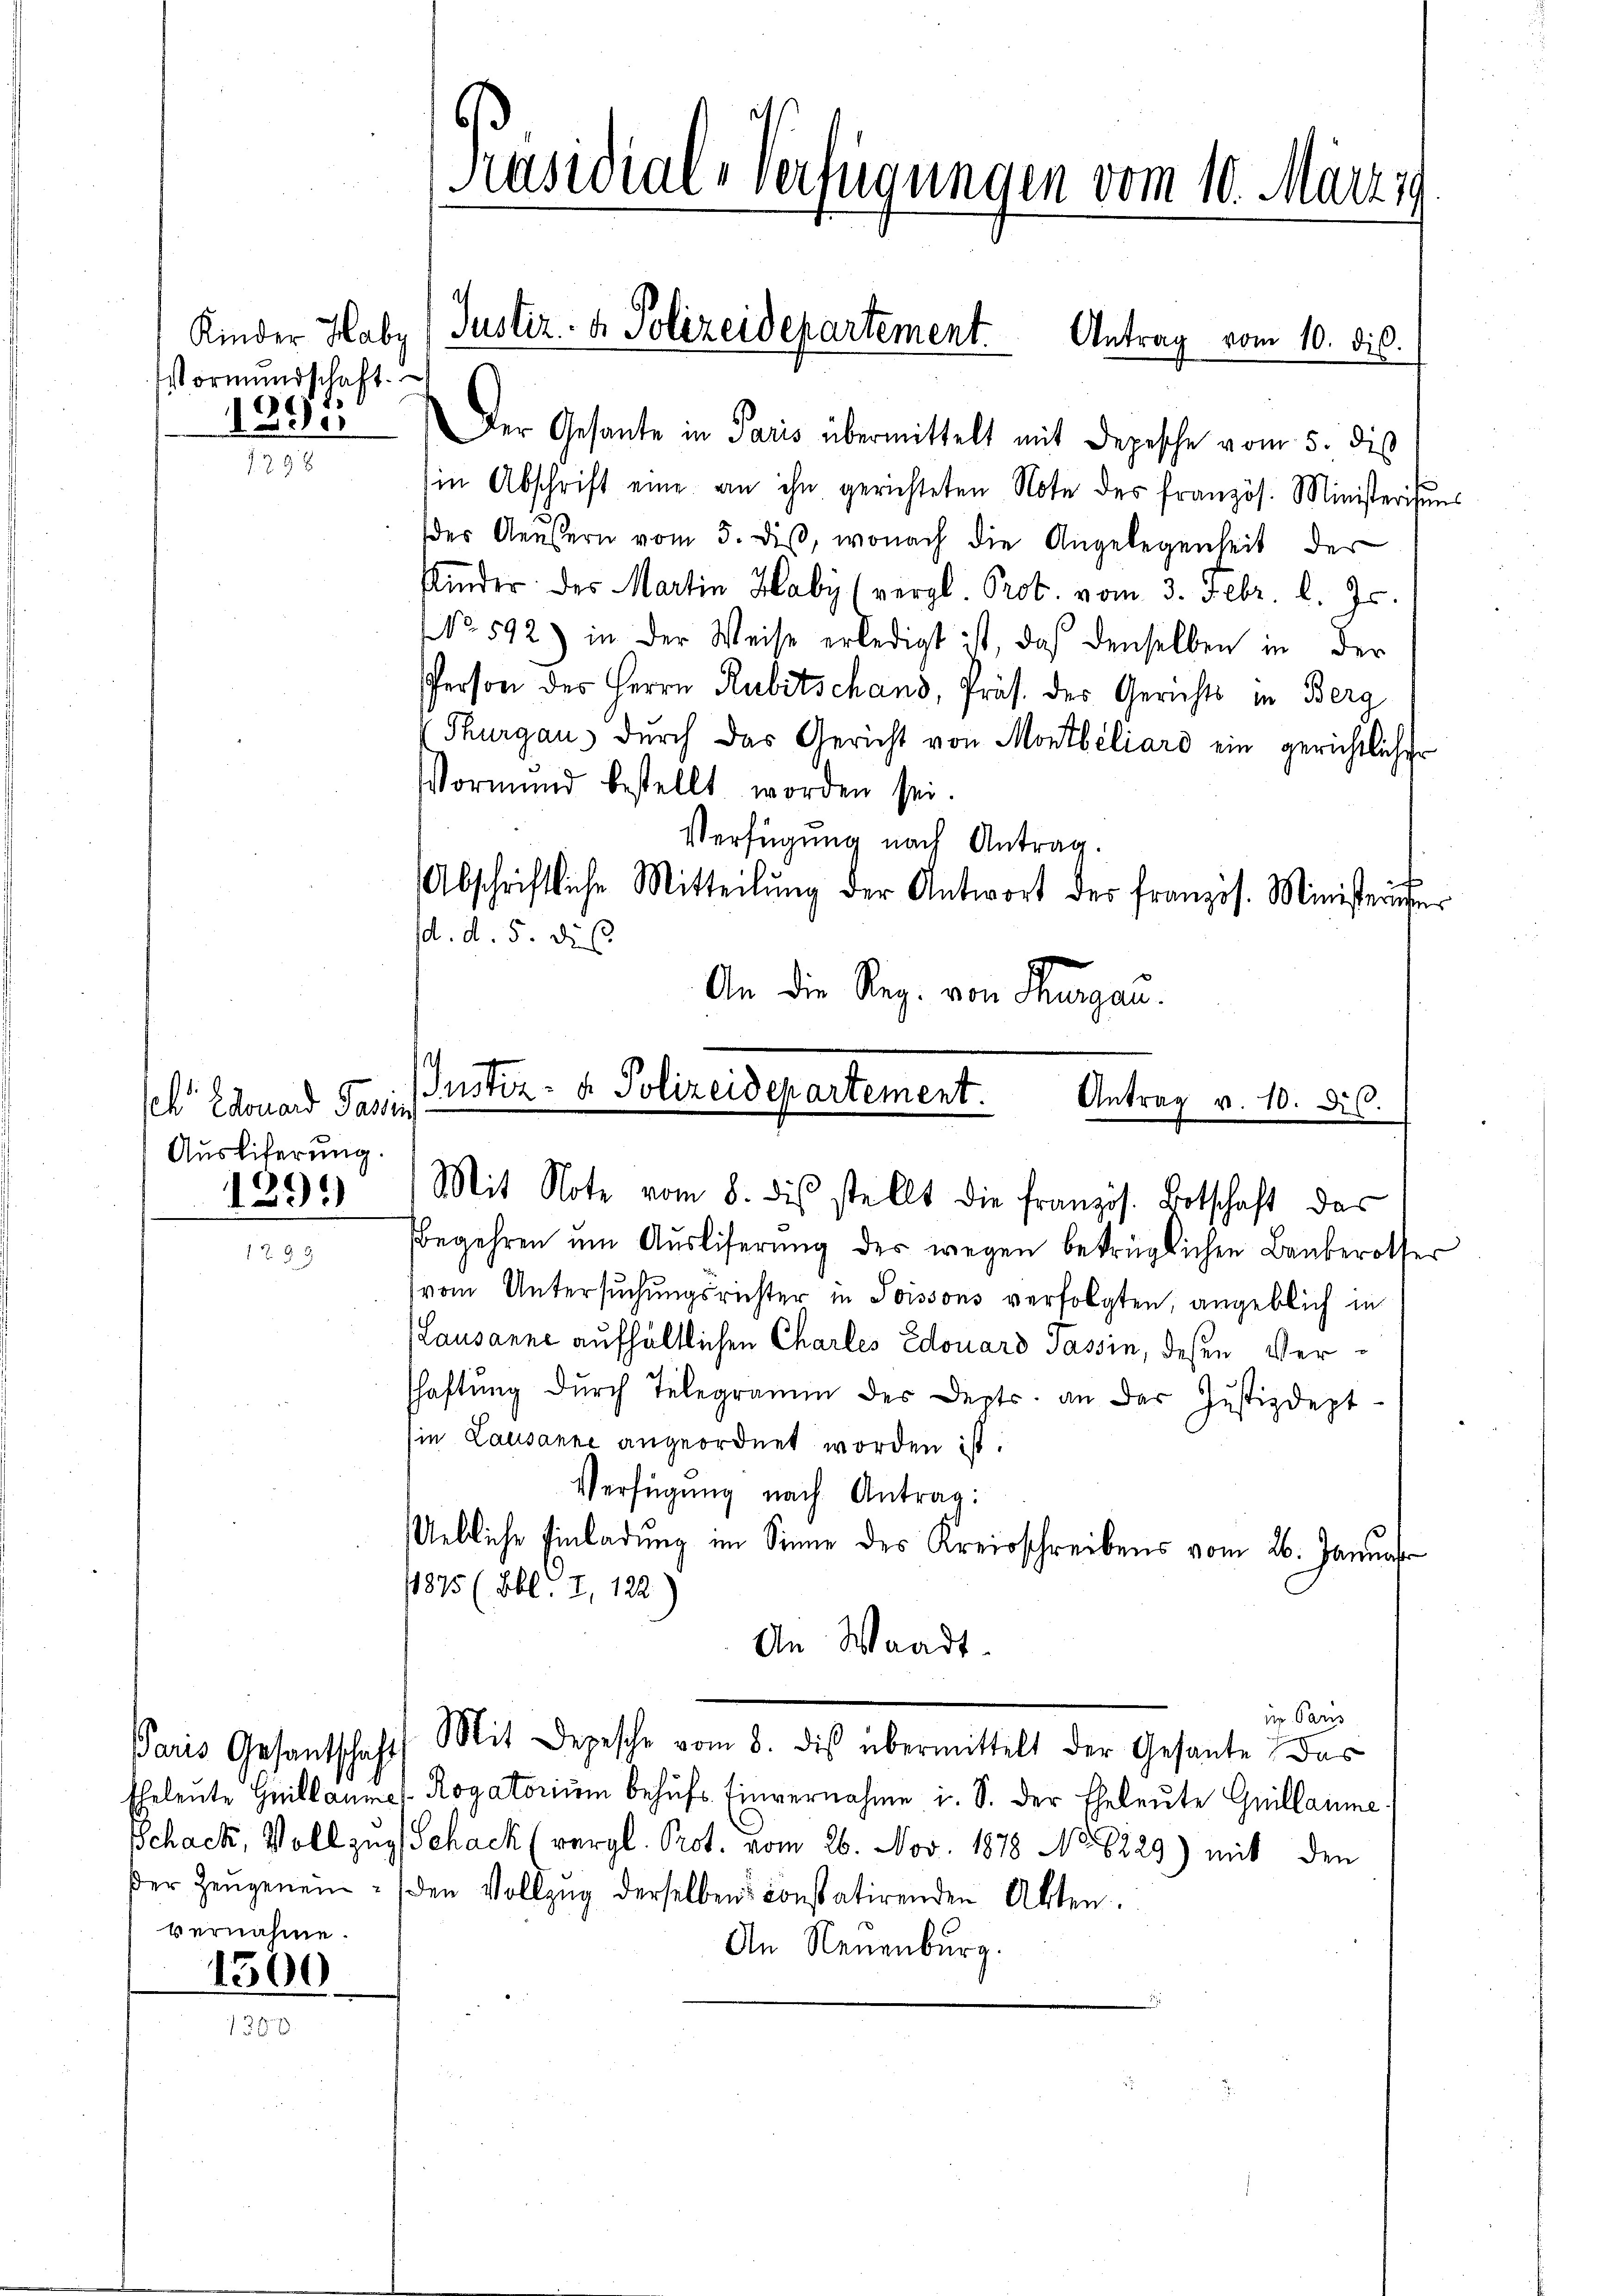
Vormundschaft.
1852

Edouard Pari
Ausliferung.
129.)

vernahme.

1300.

Justiz- & Polizeidepartement.
Antrag v. 10. ds.
e
Mit Note vom 8. dis stellt die französ. Botschaft des

Präsidial-Verfügungen vom 10. März i

Kinder Habz) Justiz- & Polizeidepartement. Antrag vom 10. dis.

Der Gesante in Paris übermittelt mit Depesche vom 5. dies
sin Abschrift eine an ihn gerichteten Note des französ. Ministerisins
des Aeŭβern vom 5. diβ, wonach die Angelegenheit der
Kinder des Martin Haby (vergl. Prot. vom 3. Febr. l. Js.
No. 592) in der Weise erledigt ist, daß denselben in der
Person des Herrn Rubitschans, Präs. des Gerichts in Berg
Thurgaus durch das Gericht von Montbiliard ein gerichtlicher
Vormund bestellt worden sei.
Verfügung nach Antrag.
Abschriftliche Mitteilŭng der Antwort des französ. Ministerriser
d. d. 5. dies
An die Reg. von Thurgau.

Begehren um Auslieferung des wegen betrüglichen Bauberother
(vom Untersuchungsrichter in Poissous verfolgten, angeblich in
Lausanne aufhältlichen Charles Edouard Passin, deßen Verschaftung dŭrch Telegramm des Depts. an der Justizdept-
ie Lausanne angeordnet worden ist.
Verfügung nach Antrag:
Uebliche Einladung im Sinne des Kreisschreibens vom 26. Januar
1875 (Obl. Z. 122.
An Waadt.
in Paris
Paris Gesantschaft Mit Depesche vom 8. dis übermittelt der Gesante das
Eheleute Heillaumes Rogatoriŭm behŭfs Einvernahme i. S. der Eheleute Guillaume
Schack, Vollzug Schack (vergl. Prot. vom 26. Nov. 1878 No 8229) mit den
der Zeŭgen ein (den Vollzŭg derselben constatirenden Akten.
An Neuenburg.